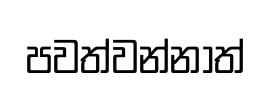
පවත්වන්නාත්